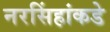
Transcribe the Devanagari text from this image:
नरसिंहांकडे